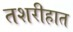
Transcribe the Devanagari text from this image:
तशरीहात